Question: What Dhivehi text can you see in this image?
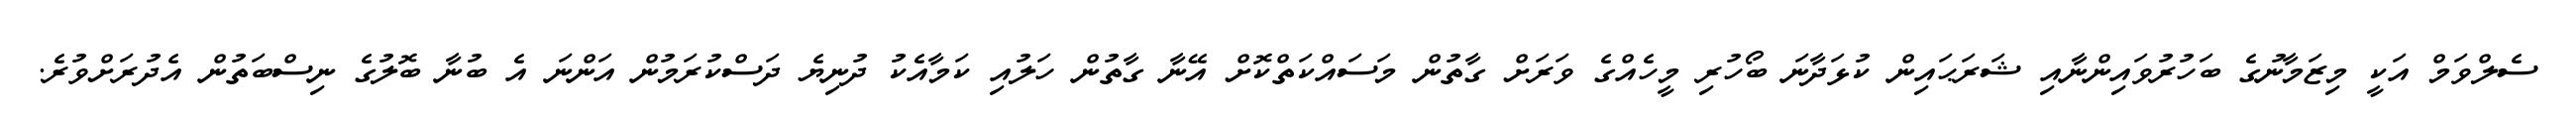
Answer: ސެލްވަމް އަކީ މިޒަމާނުގެ ބަހުރުވައިންނާއި ޝަރަޙައިން ކުޅަދާނަ ބޯހުރި މީހެއްގެ ވަރަށް ގާތުން މަސައްކަތްކޮށް އޭނާ ގާތުން ހަލުއި ކަމާއެކު ދުނިޔެ ދަސްކުރަމުން އަންނަ އެ ބުނާ ބޮލުގެ ނިސްބަތުން އެދުރަށްވުރެ.